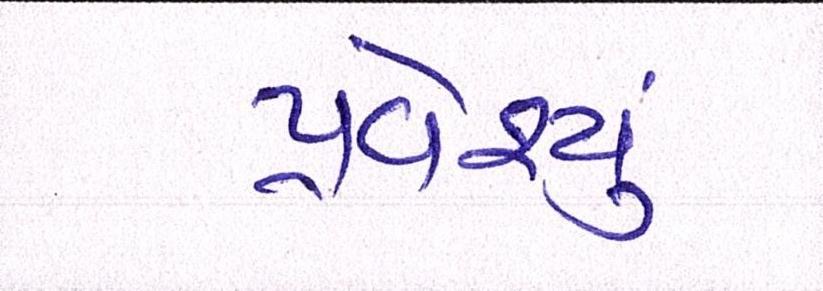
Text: પ્રવેશ્યું